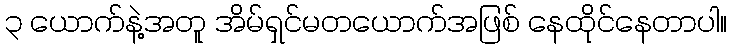
၃ ယောက်နဲ့အတူ အိမ်ရှင်မတယောက်အဖြစ် နေထိုင်နေတာပါ။